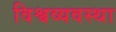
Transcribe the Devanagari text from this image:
विश्वव्यवस्था